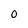
Character: O